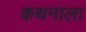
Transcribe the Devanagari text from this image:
कथनाला